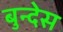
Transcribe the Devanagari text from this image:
बुन्देस